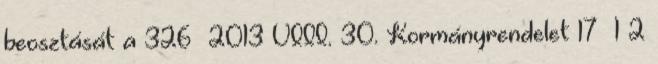
beosztását a 326 2013 VIII. 30. Kormányrendelet 17§ 1 2